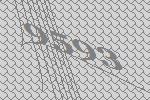
9593